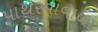
પાથરવાવાળા